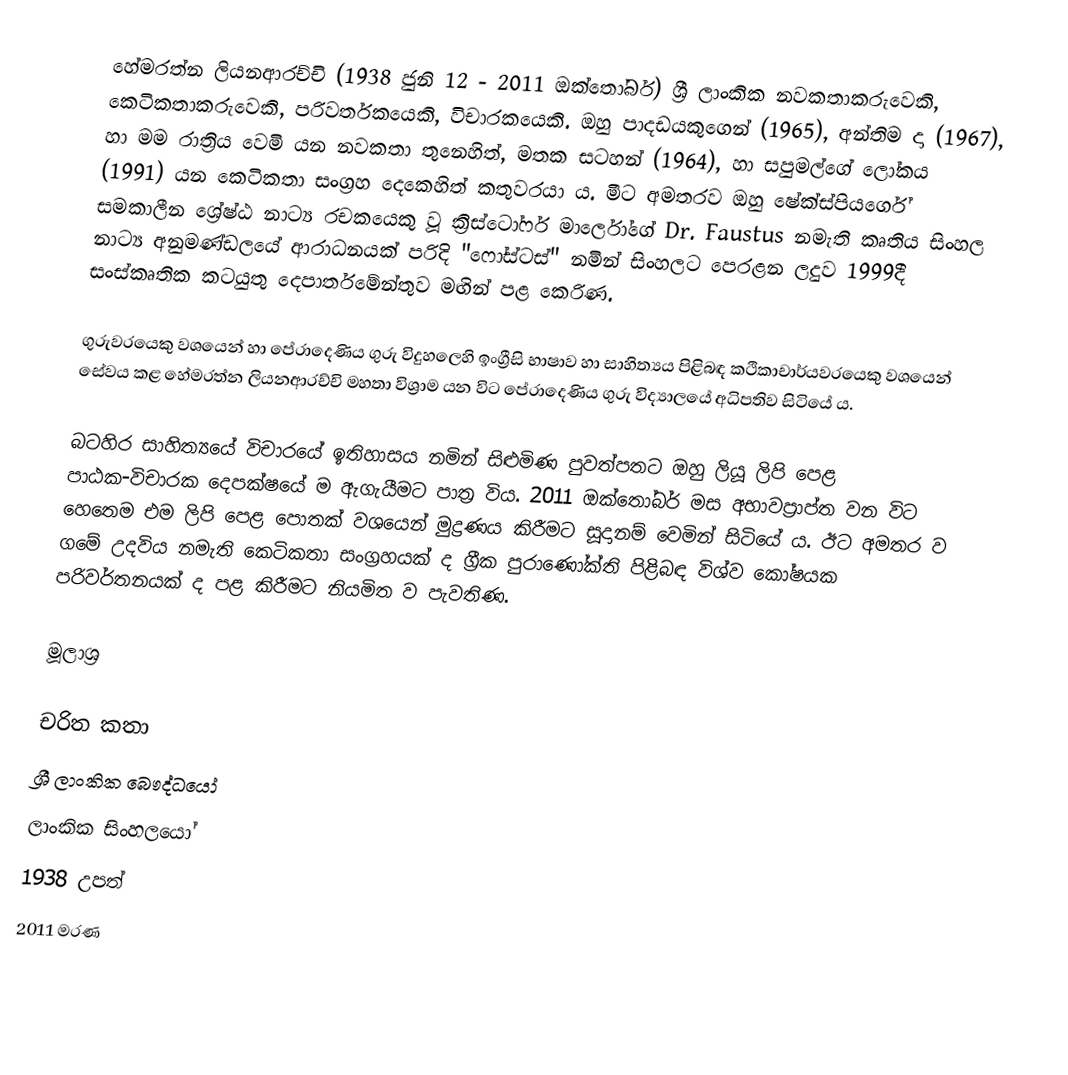
හේමරත්න ලියනආරච්චි (1938 ජුනි 12 - 2011 ඔක්තෝබර්) ශ්‍රී ලාංකික නවකතාකරුවෙකි, කෙටිකතාකරුවෙකි, පරිවර්තකයෙකි, විචාරකයෙකි.  ඔහු පාදඩයකුගෙන් (1965), අන්තිම දා (1967), හා මම රාත්‍රිය වෙමි යන නවකතා තුනෙහිත්, මතක සටහන් (1964), හා සපුමල්ගේ ලෝකය (1991) යන කෙටිකතා සංග්‍රහ දෙකෙහිත් කතුවරයා ය. මීට අමතරව ඔහු ‍ෂේක්ස්පිය‍ර්ගේ සමකාලීන ශ්‍රේෂ්ඨ නාට්‍ය රචකයෙකු වූ ක්‍රිස්ටෝෆර් මාර්ලෝගේ Dr. Faustus නමැති කෘතිය සිංහල නාට්‍ය අනුමණ්ඩලයේ ආරාධනයක් පරිදි "ෆෝස්ටස්" නමින් සිංහලට පෙරළන ලදුව 1999දී සංස්කෘතික කටයුතු දෙපාර්තමේන්තුව මඟින් පළ කෙරිණ.

ගුරුවරයෙකු වශයෙන් හා පේරාදෙණිය ගුරු විදුහලෙහි ඉංග්‍රීසි භාෂාව හා සාහිත්‍යය පිළිබඳ කථිකාචාර්යවරයෙකු වශයෙන් සේවය කළ හේමරත්න ලියනආරච්චි මහතා විශ්‍රාම යන විට පේරාදෙණිය ගුරු විද්‍යාලයේ අධිපතිව සිටියේ ය.

බටහිර සාහිත්‍යයේ විචාරයේ ඉතිහාසය නමින් සිළුමිණ පුවත්පතට ඔහු ලියූ ලිපි පෙළ පාඨක-විචාරක දෙපක්ෂයේ ම ඇගැයීමට පාත්‍ර විය. 2011 ඔක්තෝබර් මස අභාවප්‍රාප්ත වන විට හෙතෙම එම ලිපි පෙළ පොතක් වශයෙන් මුද්‍රණය කිරීමට සූදානම් වෙමින් සිටියේ ය. ඊට අමතර ව ගමේ උදවිය නමැති කෙටිකතා සංග්‍රහයක් ද ග්‍රීක පුරාණෝක්ති පිළිබඳ විශ්ව කෝෂයක පරිවර්තනයක් ද පළ කිරීමට නියමිත ව පැවතිණ.

මූලාශ්‍ර

චරිත කතා
ශ්‍රී ලාංකික බෞද්ධයෝ
ලාංකික සිංහලයෝ
1938 උපත්
2011 මරණ